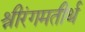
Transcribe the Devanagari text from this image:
श्रीरंगमतीर्थ